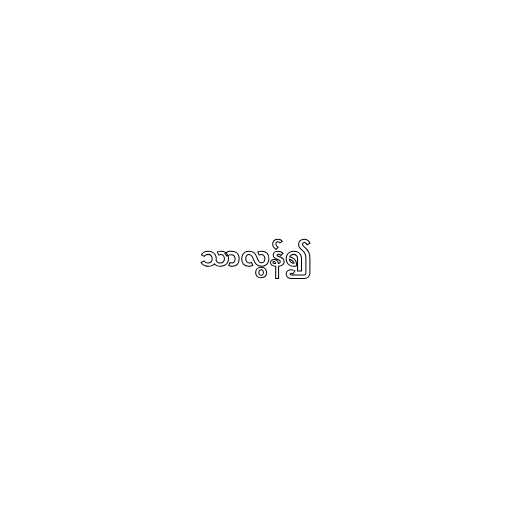
သာလွန်၍